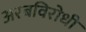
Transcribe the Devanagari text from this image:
अरबविरोधी